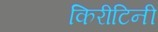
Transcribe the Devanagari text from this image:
किरीटिनी